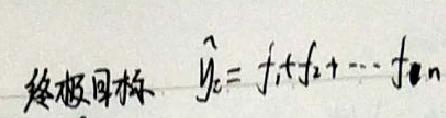
终极目标 $\hat{y}_{c}=f_{1}+f_{2}+\cdots +f_{n}$